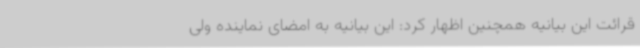
قرائت این بیانیه همچنین اظهار کرد: این بیانیه به امضای نماینده ولی